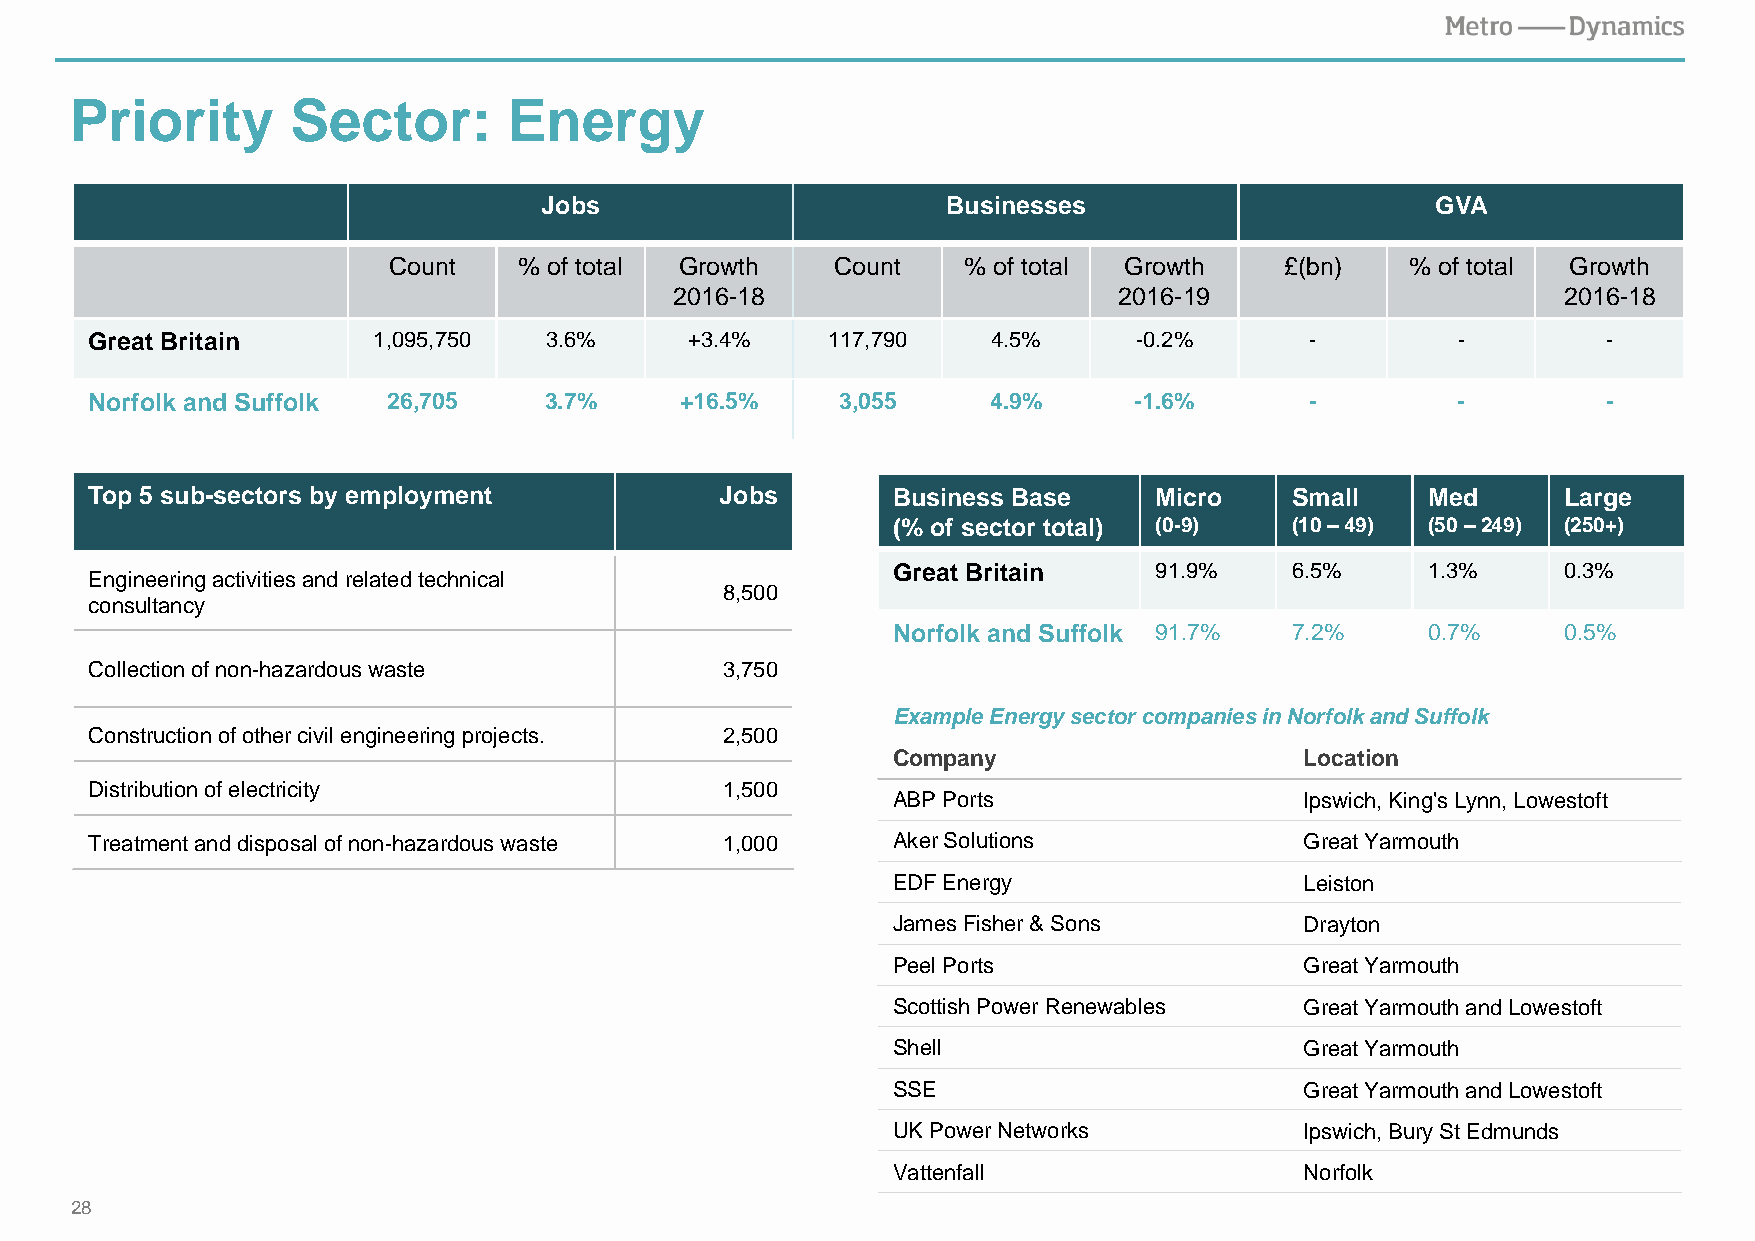
Priority      Sector:        Energy
 Jobs                       Businesses                      GVA
 Count   % of total Growth    Count    % of total Growth    £(bn)   % of total Growth
 2016-18                      2016-19                      2016-18
 Great Britain      1,095,750  3.6%      +3.4%    117,790    4.5%     -0.2%       -        -         -
 Norfolk and Suffolk 26,705    3.7%     +16.5%     3,055     4.9%     -1.6%       -        -         -
 Top 5 sub-sectors by employment           Jobs       Business Base    Micro    Small    Med      Large
 (% of sector total) (0-9) (10 –49) (50 –249) (250+)
 Great Britain    91.9%    6.5%     1.3%     0.3%
 Engineering activities and related technical
 8,500
 consultancy
 Norfolk and Suffolk 91.7% 7.2%     0.7%     0.5%
 Collection of non-hazardous waste         3,750
 Example Energy sector companies in Norfolk and Suffolk
 Construction of other civil engineering projects. 2,500
 Company                    Location
 Distribution of electricity               1,500
 ABP Ports                  Ipswich, King's Lynn, Lowestoft
 Treatment and disposal of non-hazardous waste 1,000  Aker Solutions             Great Yarmouth
 EDF Energy                 Leiston
 James Fisher & Sons        Drayton
 Peel Ports                 Great Yarmouth
 Scottish Power Renewables  Great Yarmouth and Lowestoft
 Shell                      Great Yarmouth
 SSE                        Great Yarmouth and Lowestoft
 UK Power Networks          Ipswich, Bury St Edmunds
 Vattenfall                 Norfolk
 28